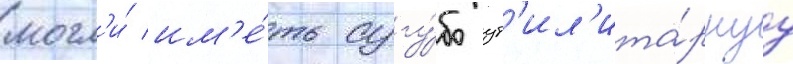
могл'и́ им'е́ть сугу́бо ут'ил'ита́рнуу